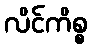
လိင်ကိစ္စ